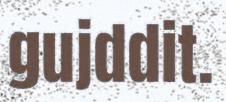
gujddit.